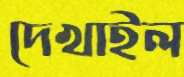
দেখাইল